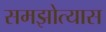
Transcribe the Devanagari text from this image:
समझोत्यास